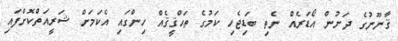
ޤާނޫނުގެ ދަށުން އޯޑަރެއް ނެތި ބަޑިޖެހި ކަމުގެ ތަޙްޤީޤެއް ހިންގައި އެކަމަށް ޝަރީއަތްކޮށްފައި